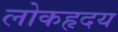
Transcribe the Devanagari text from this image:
लोकहृदय